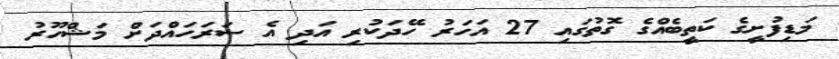
މަޑިފުށީގެ ކަތީބެއްގެ ގޮތުގައި 27 އަހަރު ހޭދަކުރި އަދި އެ ސަރަހައްދަށް މަޝްހޫރު